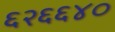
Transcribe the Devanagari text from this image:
६२६६४०